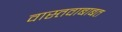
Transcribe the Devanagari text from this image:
वास्तवाबाबत